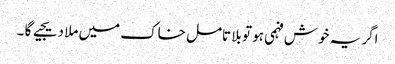
اگر یہ خوش فہمی ہو تو بلا تامل خاک میں ملا دیجیے گا ۔